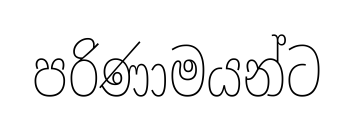
පරිණාමයන්ට